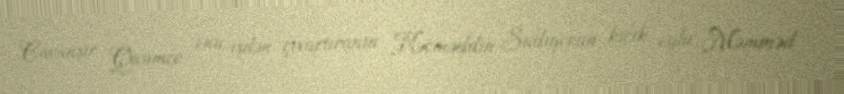
Cavanşir Qasımov onu işdən çıxartıranın Nəcməddin Sadıqovun kiçik oğlu Məmməd